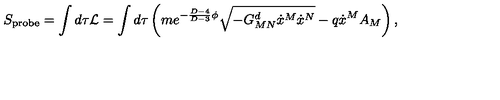
S _ { \mathrm { p r o b e } } = \int d \tau { \cal L } = \int d \tau \left( m e ^ { - { \frac { D - 4 } { D - 3 } } \phi } \sqrt { - G _ { M N } ^ { d } \dot { x } ^ { M } \dot { x } ^ { N } } - q \dot { x } ^ { M } A _ { M } \right) ,